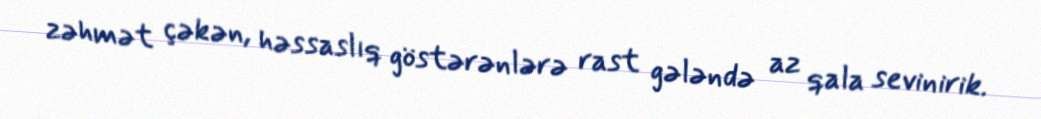
zəhmət çəkən, həssaslıq göstərənlərə rast gələndə az qala sevinirik.